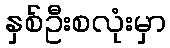
နှစ်ဦးစလုံးမှာ